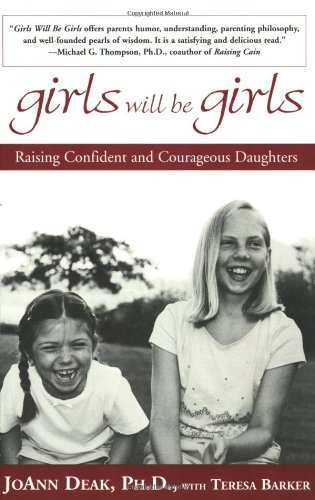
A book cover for Girls Will Be Girls: Raising Confident and Courageous Daughters; Joann Deak; Parenting & Relationships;